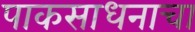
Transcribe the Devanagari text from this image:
पाकसाधनाचा